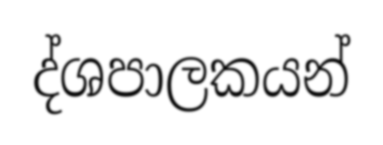
ද්ශපාලකයන්